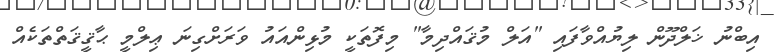
އިބްނު ޚަލްދޫން ލިޔުއްވާފައި "އަލް މުޤައްދިމާ" މިފޮތަކީ މުޅިންއައު ވަރަށްގިނަ ޢިލްމީ ޙާޤީޤަތްތަކެއް